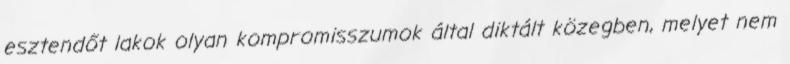
esztendőt lakok olyan kompromisszumok által diktált közegben, melyet nem